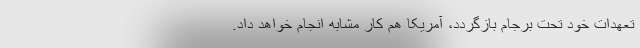
تعهدات خود تحت برجام بازگردد، آمریکا هم کار مشابه انجام خواهد داد.